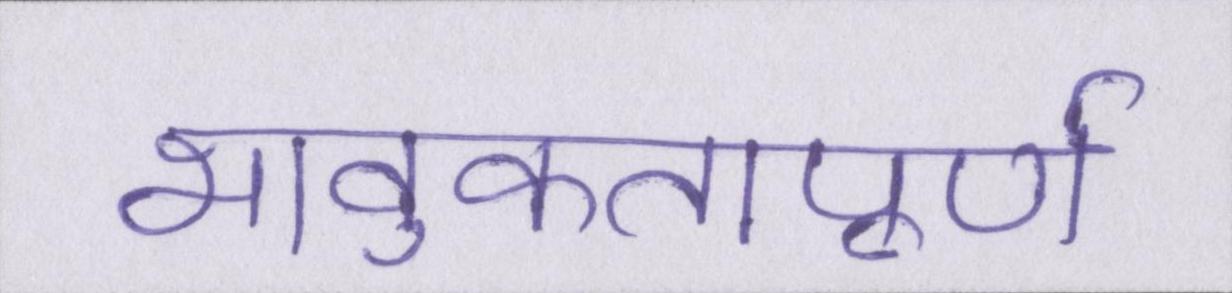
भावुकतापूर्ण